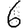
Digit: 6